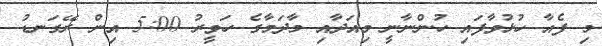
މި ފެއާ ހުޅުވާފައި ހުންނާނީ މިއަދާއި މާދަމާގެ ހަވީރު 5:00 އިން ރޭގަނޑު